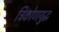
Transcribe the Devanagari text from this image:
त्रिकोणयुद्ध